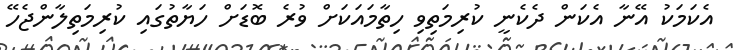
އެކަމަކު އޭނާ އެކަން ދެކެނީ ކުރިމަތިވި ހިތާމައަކަށް ވުރެ ބޮޑަށް ހަޔާތުގައި ކުރިމަތިލާންޖެހޭ